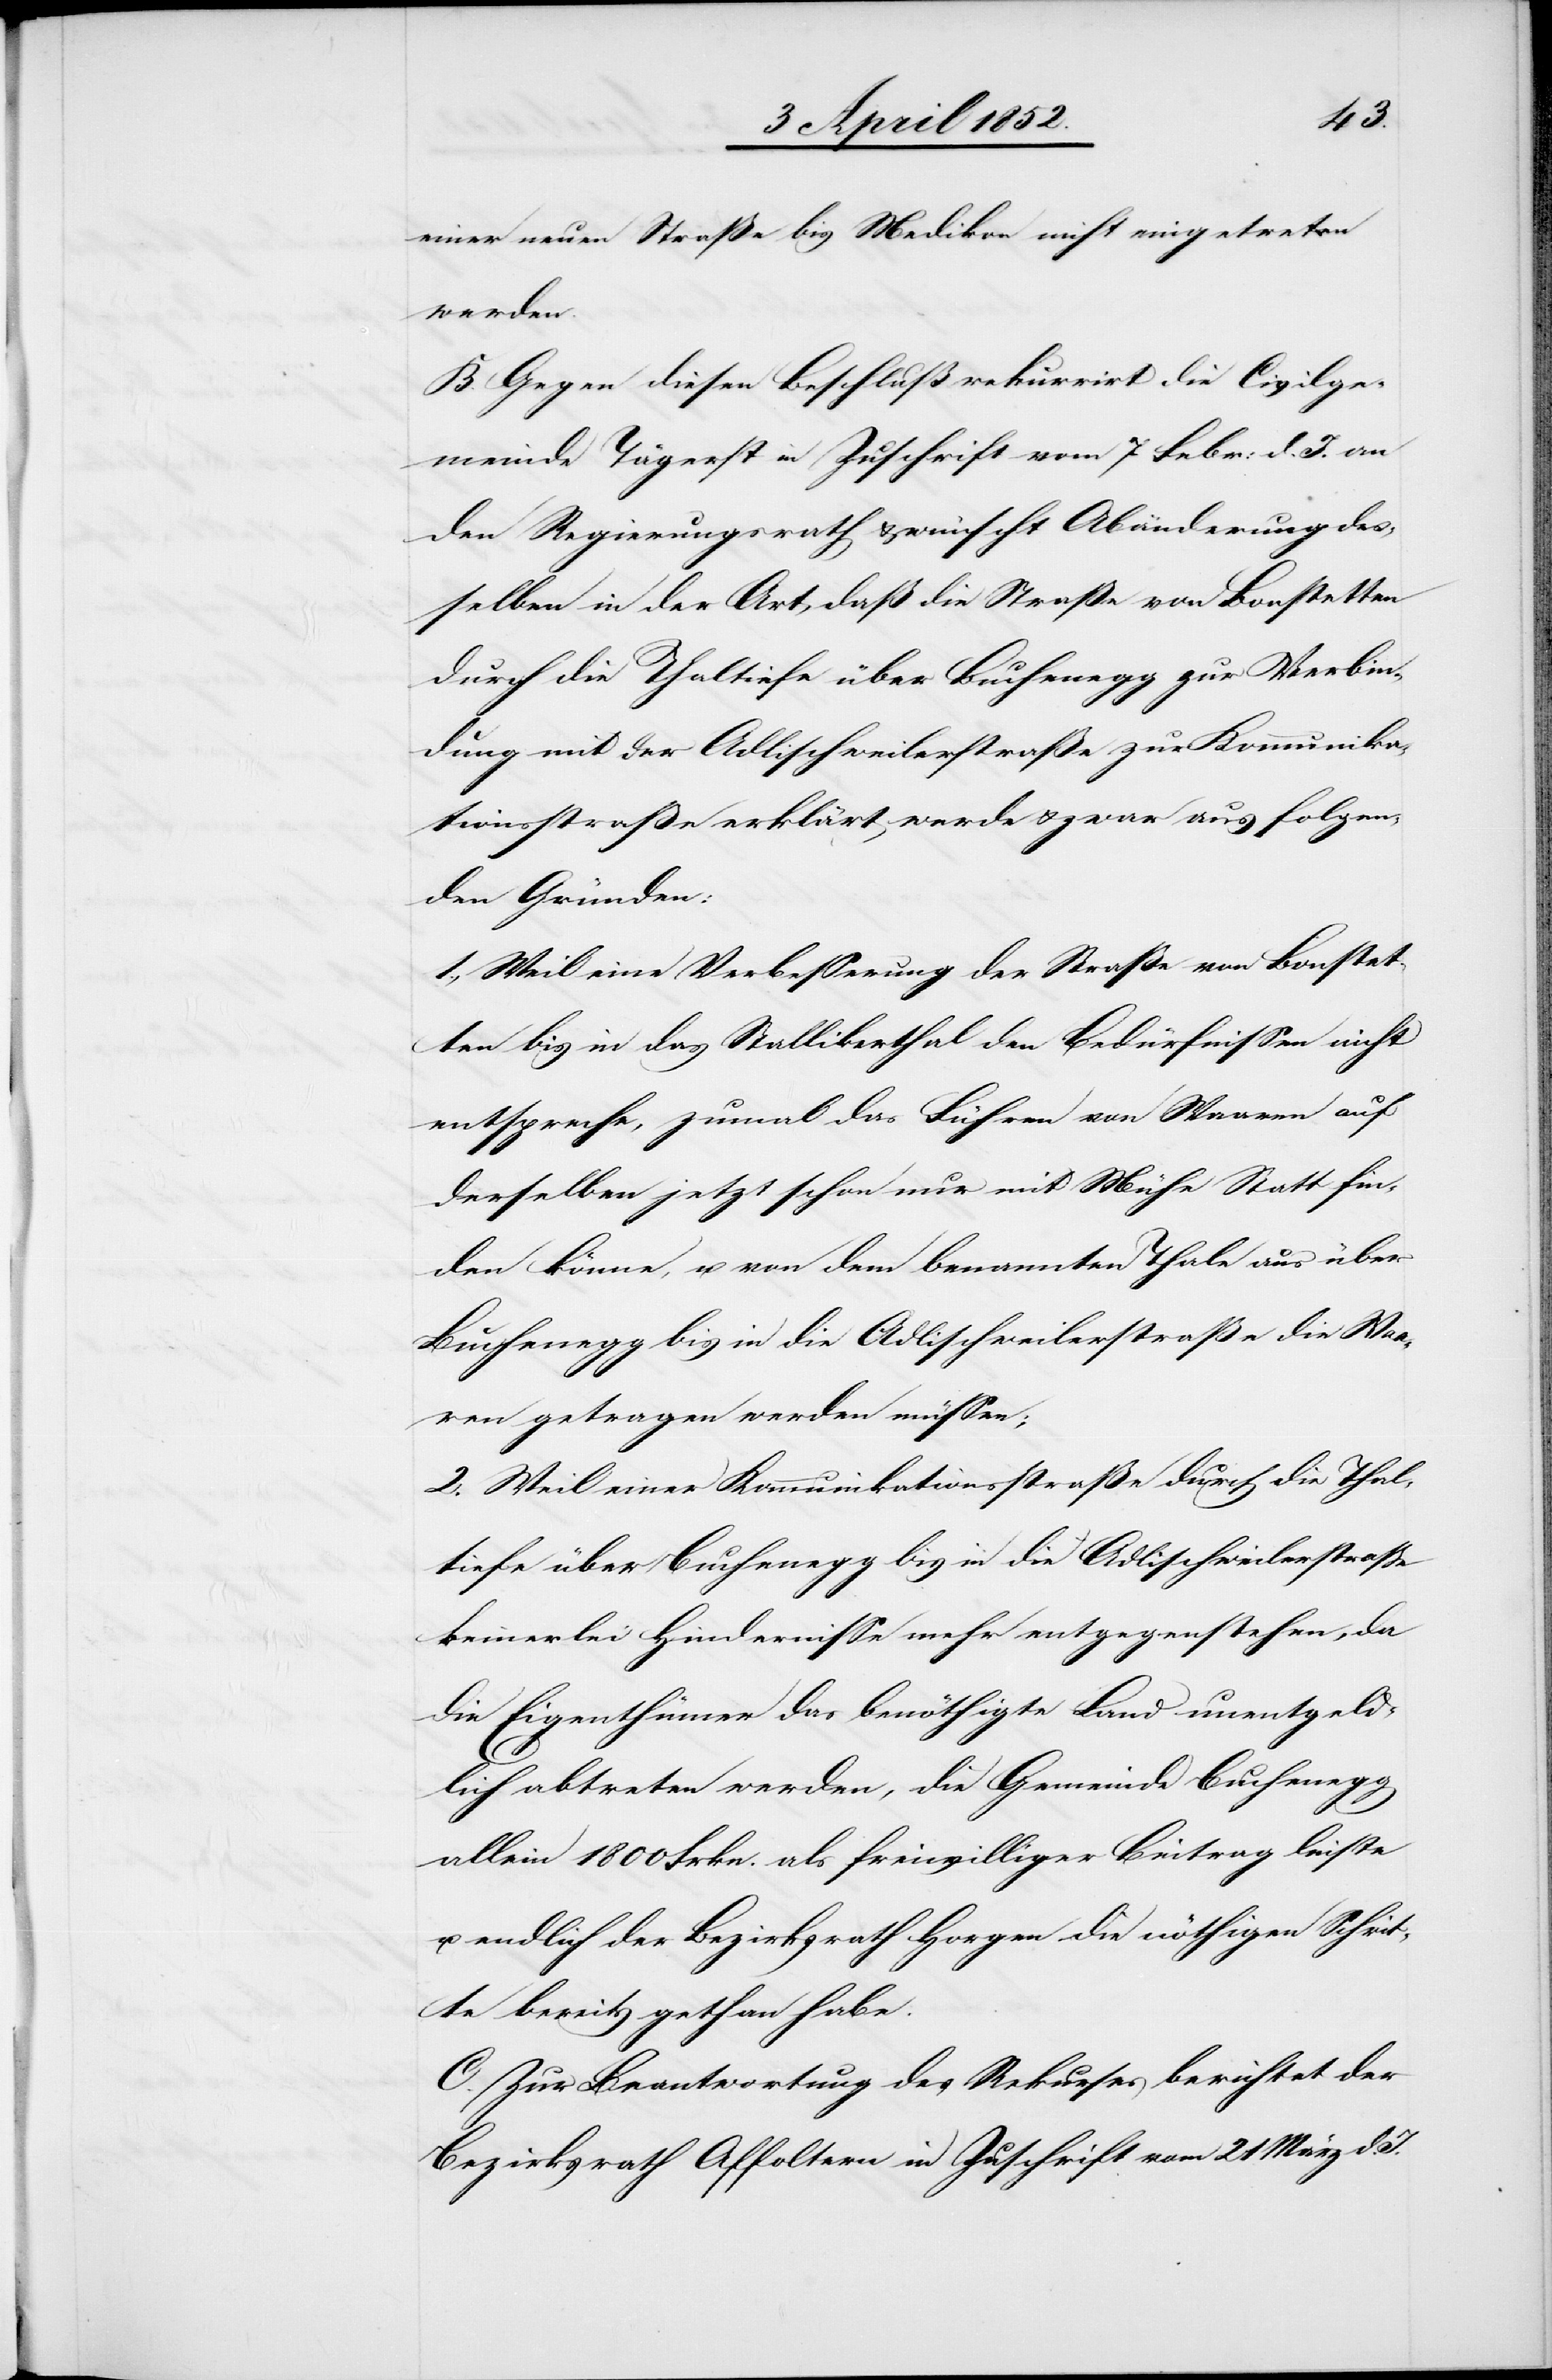
einer neuen Straße bis Medikon nicht eingetreten
werden.
B. Gegen diesen Beschluß rekurrirt die Civilge¬
meinde Tägerst in Zuschrift vom 7 Febr: d. J. an
den Regierungsrath & wünscht Abänderung des¬
selben in der Art, daß die Straße von Bonstetten
durch die Thaltiefe über Buchenegg zur Verbin¬
dung mit der Adlischweilerstraße zur Kommunika¬
tionsstraße erklärt werde & zwar aus folgen¬
den Gründen:
1., Weil eine Verbesserung der Straße von Bonstet¬
ten bis in das Stallikerthal den Bedürfnissen nicht
entspreche, zumal das Führen von Waaren auf
derselben jetzt schon nur mit Mühe Statt fin¬
den könne, u. von dem benannten Thale aus über
Buchenegg bis in die Adlischweilerstraße die Waa¬
ren getragen werden müssen;
2. Weil einer Kommunikationsstraße durch die Thal¬
tiefe über Buchenegg bis in die Adlischweilerstraße
keinerlei Hindernisse mehr entgegenstehen, da
die Eigenthümer das benöthigte Land unentgeld¬
lich abtreten werden, die Gemeinde Buchenegg
allein 1800 Frkn. als freiwilliger Beitrag leiste
u. endlich der Bezirksrath Horgen die nöthigen Schrit¬
te bereits gethan habe.
C. Zur Beantwortung des Rekurses berichtet der
Bezirksrath Affoltern in Zuschrift vom 21 März d.